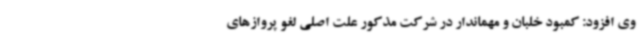
وی افزود: کمبود خلبان و مهماندار در شرکت مذکور علت اصلی لغو پروازهای